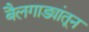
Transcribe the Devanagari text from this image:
बैलगाड्यांतून